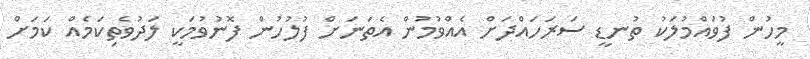
މީހުން ފުވައްމުލަކު ތުނޑީ ސަރަހައްދަށް އެއްވުމުން އެތަނަށް ފުލުހުން ފޮނުވުމަކީ ލަދުވެތިކަމެއް ކަމަށް